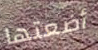
أضعتها